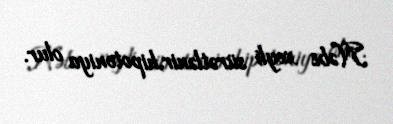
Nəbz xeyli sürətlənir,hipotoniya olur.